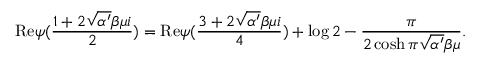
\mathrm { R e } \psi ( \frac { 1 + 2 \sqrt { \alpha ^ { \prime } } \beta \mu i } { 2 } ) = \mathrm { R e } \psi ( \frac { 3 + 2 \sqrt { \alpha ^ { \prime } } \beta \mu i } { 4 } ) + \log 2 - \frac { \pi } { 2 \cosh \pi \sqrt { \alpha ^ { \prime } } \beta \mu } .